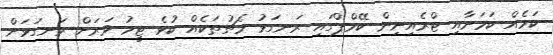
ކަމެއް ކަމަށާއި ޓްރެއިނިން ކޭމްޕްގައި ރަނގަޅު މެޗުތަކެއް ކުޅެ ޓީމު ވަރަށް ރަނގަޅަށް